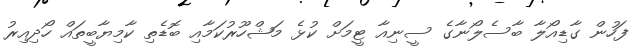
ފަހުން ގާޑިއޯލާ ބާސެލޯނާގެ ސީނިއާ ޓީމަށް ކުޅެ މަޝްހޫރުކަމާއި ބޮޑެތި ކާމިޔާބީތައް ހޯދިއިރު